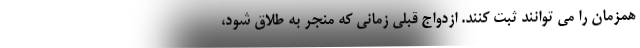
همزمان را می توانند ثبت کنند. ازدواج قبلی زمانی که منجر به طلاق شود،